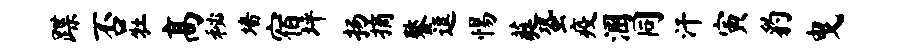
蹀否牡高秘墙宿坪扬摘鏊逗惕蕤蛩疫溷同汗寅豹曳